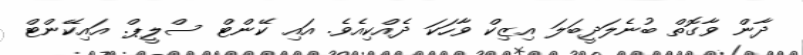
ދާން ވާގޮތް ބުނެލަދީބަލަ އިޒިކް ވާހަކަ ދެއްކިއެވެ. އައި ކޭންޓް ސްލީޕް. އައިކޭންޓް